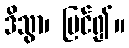
ဒိသွာ၊ မြင်၍။